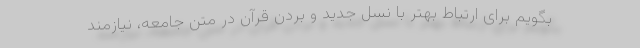
بگویم برای ارتباط بهتر با نسل جدید و بردن قرآن در متن جامعه، نیازمند